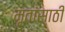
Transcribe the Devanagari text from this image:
मृतांसाठी